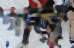
গাজ